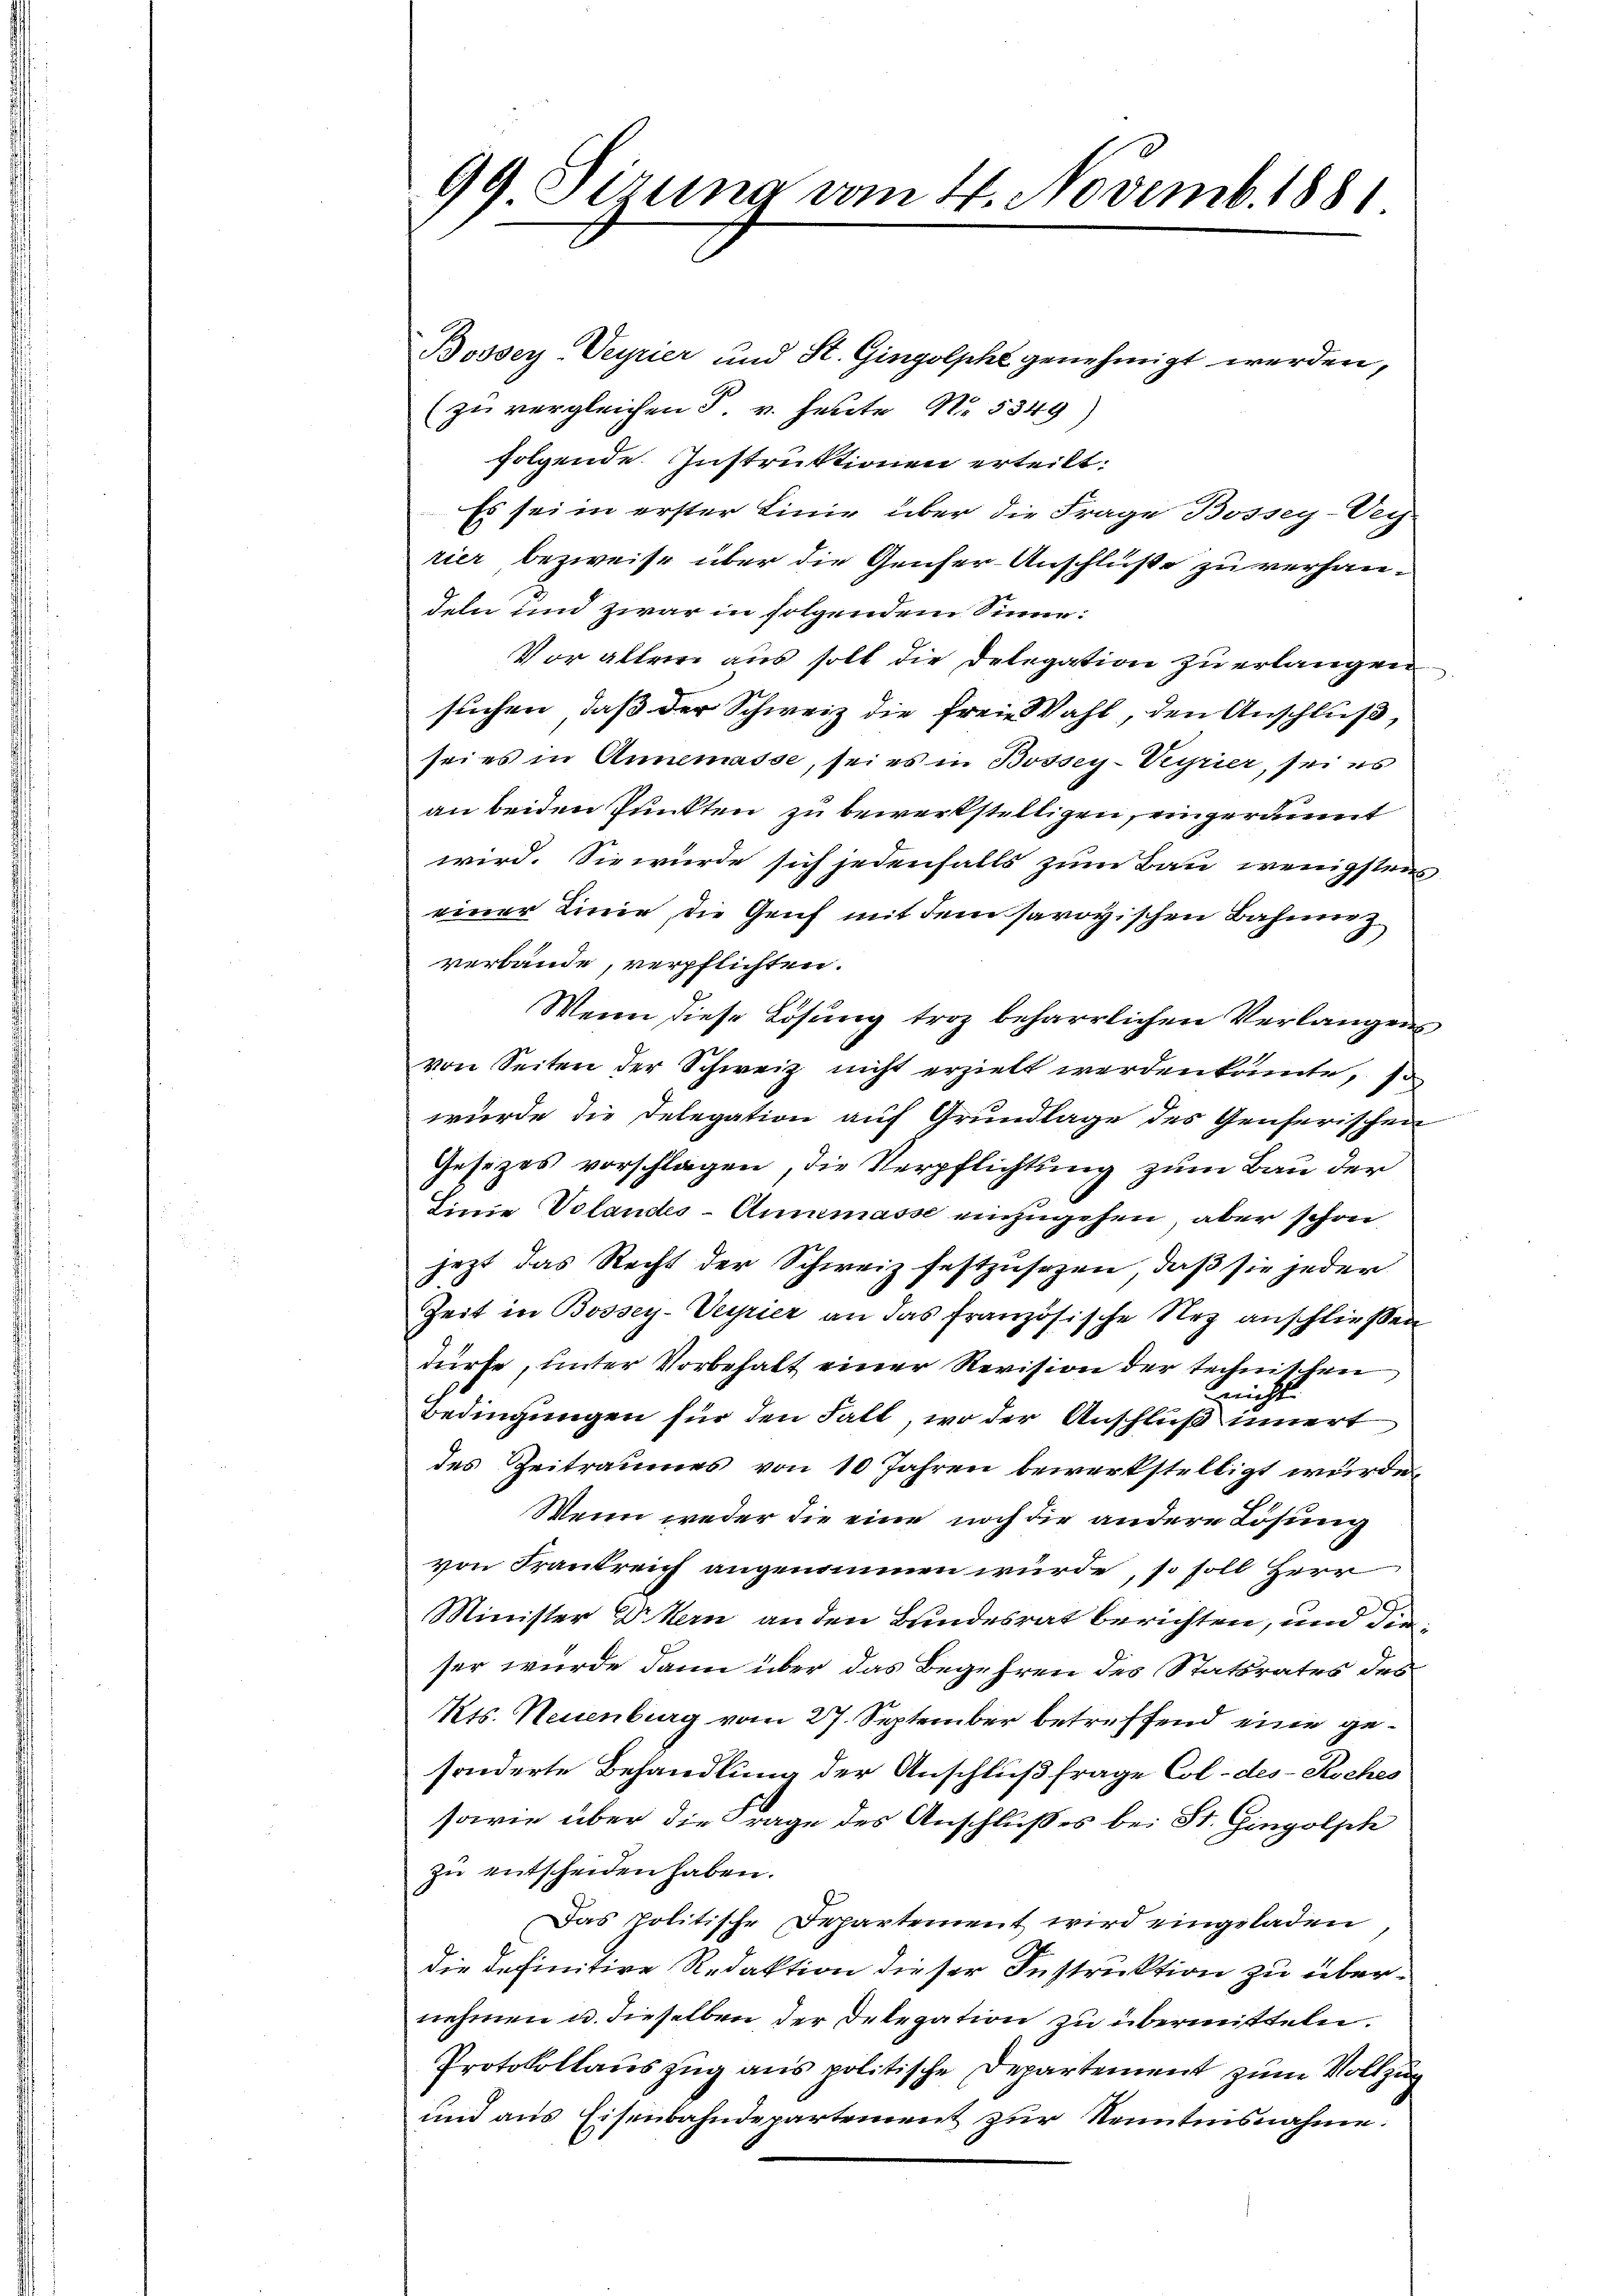
99 Sizung vom 4. Novemb. 1881

Bosser Veyrier und St. Gingolphe genehmigt werden,
(zu vergleichen S. v. heute No. 5349)
folgende Instruktionen erteilt.
Es sei in erster Linie über die Frage Bossey-Ver-
rier bezweife über die Geiser-Anschlüße zu verhandeln und zwar in folgendem Sinne:
Vor allem aus soll die Delegation zu erlangen
suchen, daß der Schweiz die freie Wahl, den Anschluß,
sei es in Annemasse, sei es in Bossey-Veyrier, sei es
an beiden Punkten zu bewerkstelligen, eingeräumt
wird. Sie würde sich jedenfalls zum Bau wenigstens
einer Linie, die Genf mit dem savoyischen Bahnnez.
verbände, verpflichten.
Wenn diese Lösung troz beharrlichen Verlangens
von Seiten der Schweiz nicht erzielt werden könnte, so
wurde die Delegation auf Grundlage des Genferischen
Gesezes vorschlagen, die Verpflichtung zum Bau der
Linie Volandes-Annmasse einzugehen, aber schon
jezt das Recht der Schweiz festzusezen, daß sie jeder
Zeit in Bossey-Veyrier an das französische Rez anschließen
dürfe, unter Vorbehalt einer Revision der technischen
Gerichts
Bedingungen für den Fall, wo der Anschluß innert
des Zeitraumes von 10 Jahren bewerkstelligt wurde.
Wenn weder die eine noch die andere Lösung
von Frankreich angenommen würde, so soll Herr
Minister Dr Kern an den Bundesrat berichten, und dieser wurde dann über das Begehren des Statsrates des
Kts. Neuenburg vom 27. September betreffend eine gesonderte Behandlung der Anschluß frage Col-des- Koches
sowie über die rage des Anschlußes bei St. Gingolph
zu entscheiden haben.
Das Politische Departement wird eingeladen
die definitive Redaktion dieser Instruktion zu übernehmen u. dieselben der Delegation zu übermitteln.
Protokollauszug aus politische Departement zum Vollzug
und aus Eisenbahndepartement zur Kenntnisnahme.

g